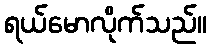
ရယ်မောလိုက်သည်။